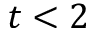
t < 2